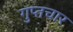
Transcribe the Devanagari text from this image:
गुप्तचार